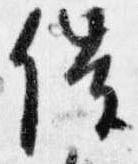
催